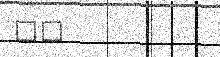
٢٩